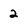
Character: 2